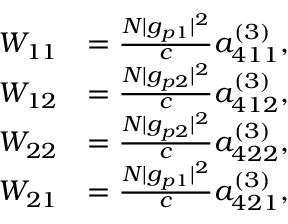
\begin{array} { r l } { W _ { 1 1 } } & { = \frac { N | g _ { p 1 } | ^ { 2 } } { c } a _ { 4 1 1 } ^ { ( 3 ) } , } \\ { W _ { 1 2 } } & { = \frac { N | g _ { p 2 } | ^ { 2 } } { c } a _ { 4 1 2 } ^ { ( 3 ) } , } \\ { W _ { 2 2 } } & { = \frac { N | g _ { p 2 } | ^ { 2 } } { c } a _ { 4 2 2 } ^ { ( 3 ) } , } \\ { W _ { 2 1 } } & { = \frac { N | g _ { p 1 } | ^ { 2 } } { c } a _ { 4 2 1 } ^ { ( 3 ) } , } \end{array}